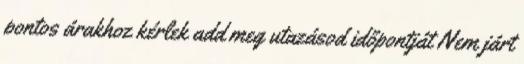
pontos árakhoz kérlek add meg utazásod időpontját Nem járt